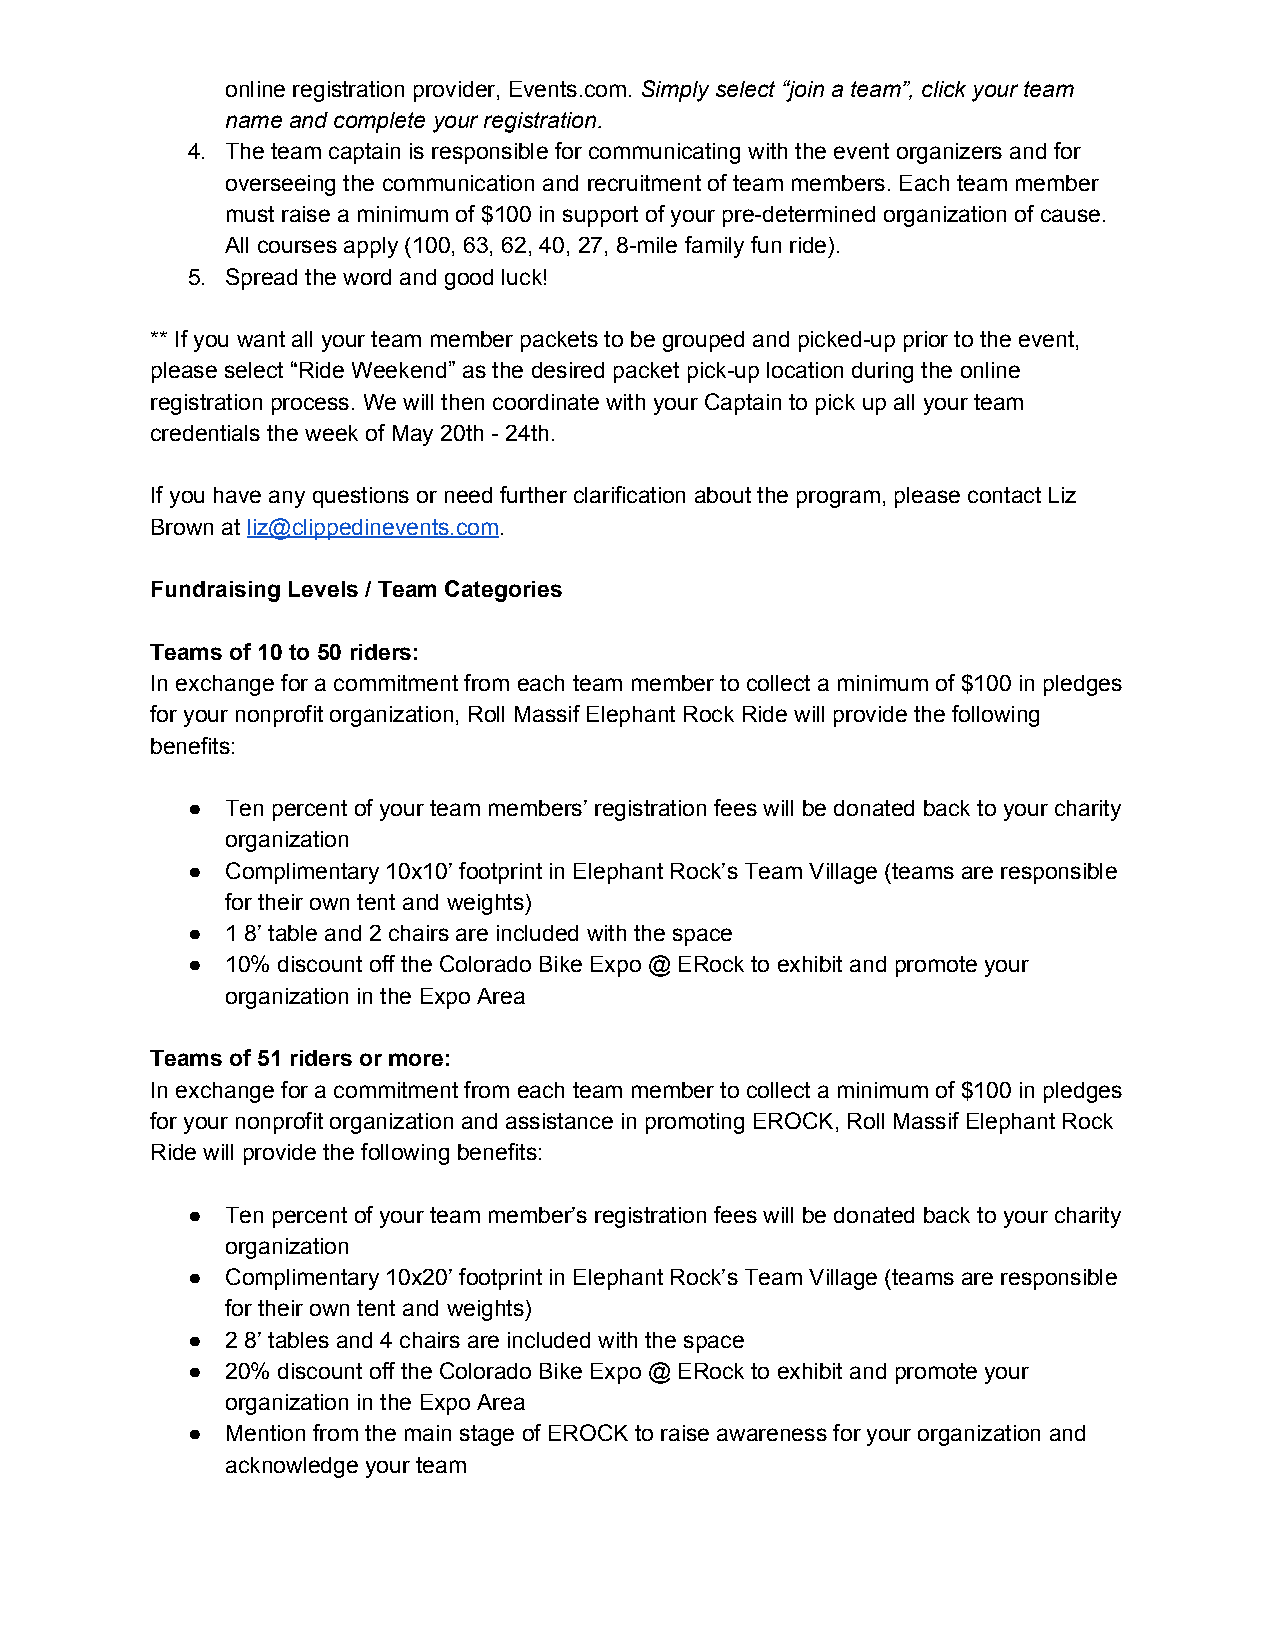
online registration provider, Events.com. Simply select “join a team”, click your team
 ​
 name and complete your registration.
 4. The team captain is responsible for communicating with the event organizers and for
 overseeing the communication and recruitment of team members. Each team member
 must raise a minimum of $100 in support of your pre-determined organization of cause.
 All courses apply (100, 63, 62, 40, 27, 8-mile family fun ride).
 5. Spread the word and good luck!
 ** If you want all your team member packets to be grouped and picked-up prior to the event,
 please select “Ride Weekend” as the desired packet pick-up location during the online
 registration process. We will then coordinate with your Captain to pick up all your team
 credentials the week of May 20th - 24th.h.
 ​
 If you have any questions or need further clarification about the program, please contact Liz
 Brown at liz@clippedinevents.com.
 ​                ​
 Fundraising Levels / Team Categories
 Teams of 10 to 50 riders:
 In exchange for a commitment from each team member to collect a minimum of $100 in pledges
 for your nonprofit organization, Roll Massif Elephant Rock Ride will provide the following
 benefits:
 ●  Ten percent of your team members’ registration fees will be donated back to your charity
 organization
 ●  Complimentary 10x10’ footprint in Elephant Rock’s Team Village (teams are responsible
 for their own tent and weights)
 ●  1 8’ table and 2 chairs are included with the space
 ●  10% discount off the Colorado Bike Expo @ ERock to exhibit and promote your
 organization in the Expo Area
 Teams of 51 riders or more:
 In exchange for a commitment from each team member to collect a minimum of $100 in pledges
 for your nonprofit organization and assistance in promoting EROCK, Roll Massif Elephant Rock
 Ride will provide the following benefits:
 ●  Ten percent of your team member’s registration fees will be donated back to your charity
 organization
 ●  Complimentary 10x20’ footprint in Elephant Rock’s Team Village (teams are responsible
 for their own tent and weights)
 ●  2 8’ tables and 4 chairs are included with the space
 ●  20% discount off the Colorado Bike Expo @ ERock to exhibit and promote your
 organization in the Expo Area
 ●  Mention from the main stage of EROCK to raise awareness for your organization and
 acknowledge your team